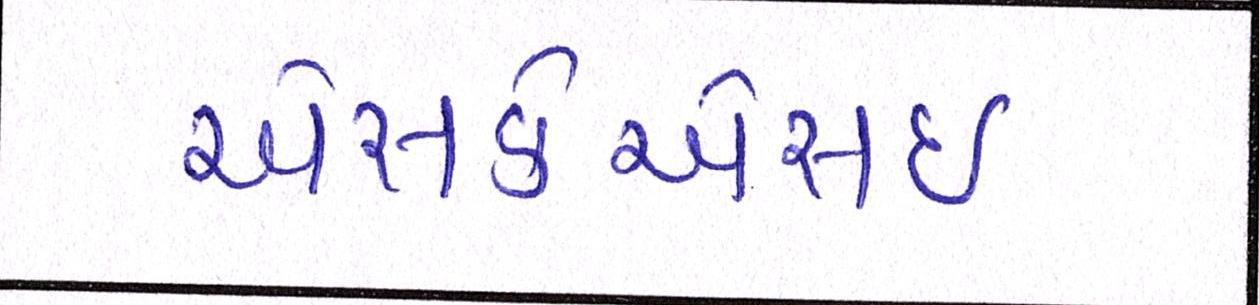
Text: એસકેએસઈ